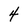
Character: 4